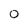
Character: 0